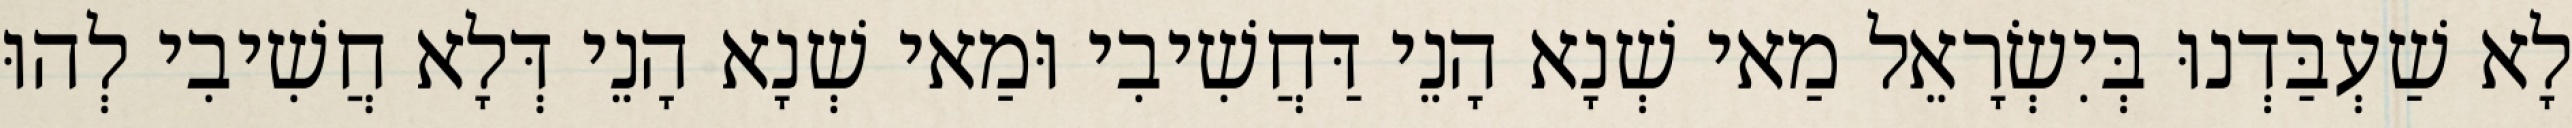
לָא שַׁעְבַּדְנוּ בְּיִשְׂרָאֵל מַאי שְׁנָא הָנֵי דַּחֲשִׁיבִי וּמַאי שְׁנָא הָנֵי דְּלָא חֲשִׁיבִי לְהוּ